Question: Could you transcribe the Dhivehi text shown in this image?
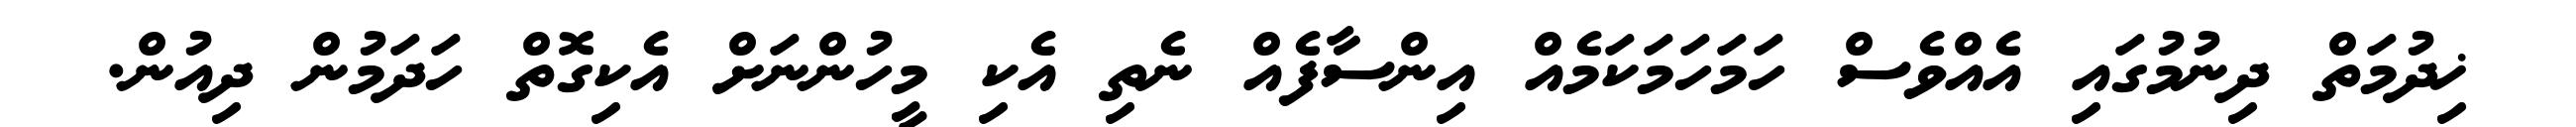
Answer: ޚިދުމަތް ދިނުމުގައި އެއްވެސް ހަމަހަމަކަމެއް އިންސާފެއް ނެތި އެކި މީހުންނަށް އެކިގޮތް ހަދަމުން ދިއުން.